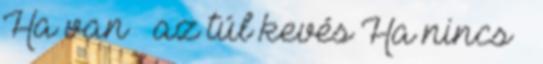
Ha van – az túl kevés Ha nincs –